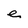
Character: e